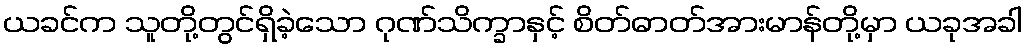
ယခင်က သူတို့တွင်ရှိခဲ့သော ဂုဏ်သိက္ခာနှင့် စိတ်ဓာတ်အားမာန်တို့မှာ ယခုအခါ